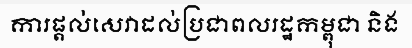
ការផ្តល់សេវាដល់ប្រជាពលរដ្ឋកម្ពុជា និង